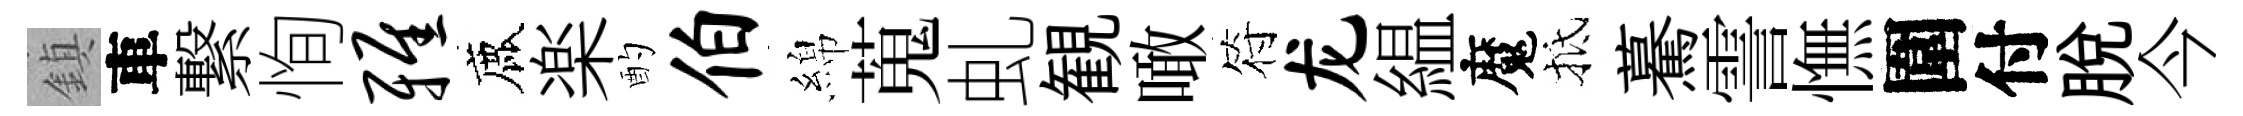
鎮車繋恂雅鹿楽酌伯綿蒐虬観噉符龙緼魔抵驀霅憮圍付脱今